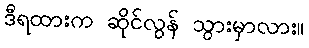
ဒီရထားက ဆိုင်လွန် သွားမှာလား။